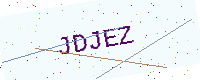
Text: JDJEZ